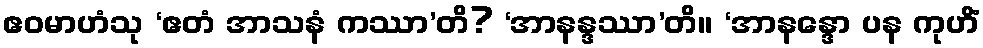
ဧဝမာဟံသု ‘ဧတံ အာသနံ ကဿာ’တိ? ‘အာနန္ဒဿာ’တိ။ ‘အာနန္ဒော ပန ကုဟိံ